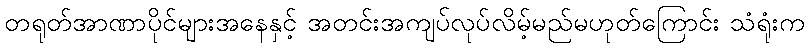
တရုတ်အာဏာပိုင်များအနေနှင့် အတင်းအကျပ်လုပ်လိမ့်မည်မဟုတ်ကြောင်း သံရုံးက